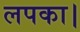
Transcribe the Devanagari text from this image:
लपका।